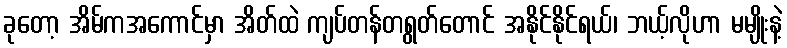
ခုတော့ အိမ်ကအကောင်မှာ အိတ်ထဲ ကျပ်တန်တရွတ်တောင် အနိုင်နိုင်ရယ်၊ ဘယ့်လိုဟာ မမျိုးနဲ့